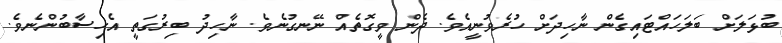
ބުޅަލަށް ބަލަހައްޓައިގެން ނާހިދަށް ހުރެވުނީއެވެ. ދެން ވީގޮތެއް ނޭނގުނެވެ. ނާހިދު ބިރުގަތީ އެހިސާބުންނެވެ.